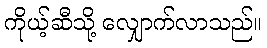
ကိုယ့်ဆီသို့ လျှောက်လာသည်။